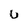
Character: U